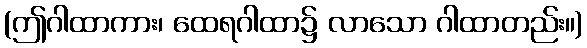
(ဤဂါထာကား၊ ထေရဂါထာ၌ လာသော ဂါထာတည်း။)